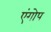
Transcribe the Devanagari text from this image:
एंगोप